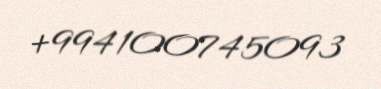
+994100745093